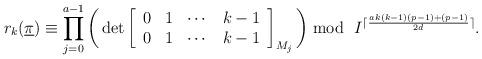
LaTeX: \begin{align*}r_k(\underline \pi)\equiv\prod\limits_{j=0}^{a-1}\bigg(\det \left[ \begin{array}{cccccccccc}0 &1 &\cdots&k-1\\0 &1 &\cdots&k-1 \end{array} \right]_{M_j}\bigg) \bmod \ {I^{\lceil\frac{ak(k-1)(p-1)+(p-1)}{2d}\rceil}}.\end{align*}